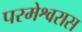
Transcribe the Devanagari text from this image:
परमेश्वरास